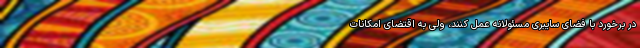
در برخورد با فضای سایبری مسئولانه عمل کنند، ولی به اقتضای امکانات